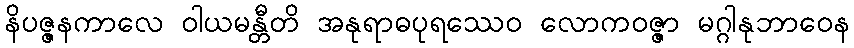
နိပဇ္ဇနကာလေ ဝါယမန္တီတိ အနုရာဓပုရဿေဝ လောကဝဇ္ဇာ မဂ္ဂါနုဘာဝေန